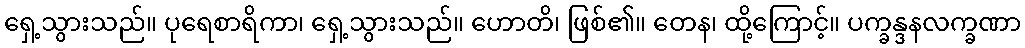
ရှေ့သွားသည်။ ပုရေစာရိကာ၊ ရှေ့သွားသည်။ ဟောတိ၊ ဖြစ်၏။ တေန၊ ထို့ကြောင့်။ ပက္ခန္ဒနလက္ခဏာ